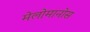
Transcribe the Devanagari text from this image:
मेलोमानोस